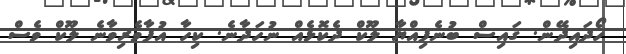
ހޯދައިދޭން. ޤައިސް ބުނެފިއްޔާ ލޫކް ދެކޮޅެއް ނުހަދާނެ. ކިހާ އުފާވެރިވާނެ ލޫކް ވެސް